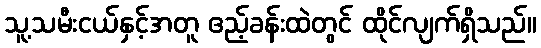
သူ့သမီးငယ်နှင့်အတူ ဧည့်ခန်းထဲတွင် ထိုင်လျက်ရှိသည်။